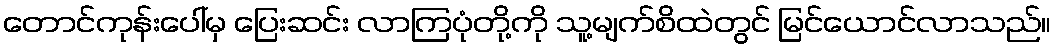
တောင်ကုန်းပေါ်မှ ပြေးဆင်း လာကြပုံတို့ကို သူ့မျက်စိထဲတွင် မြင်ယောင်လာသည်။